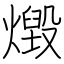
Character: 燬